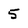
Character: 5